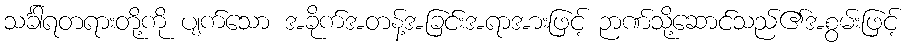
သင်္ခါရတရားတို့ကို ပျက်သော အခိုက်အတန့်အခြင်းအရာအားဖြင့် ဉာဏ်သို့ဆောင်သည်၏အစွမ်းဖြင့်